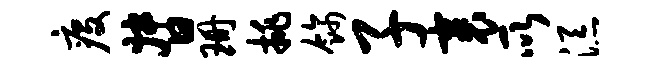
疫督珊挑饰子裹所添